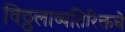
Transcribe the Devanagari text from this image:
विठ्ठलाव्यतिरिक्तचे